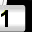
Digit: 1